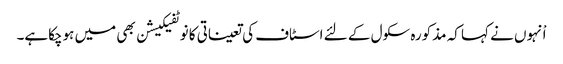
اْنہوں نے کہا کہ مذکورہ سکول کے لئے اسٹاف کی تعیناتی کا نوٹفیکیشن بھی میں ہوچکاہے۔